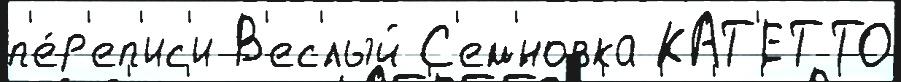
п'е́р'еп'ис'и В'ес'́лый С'ем'́новка КАТ'ЕТТО